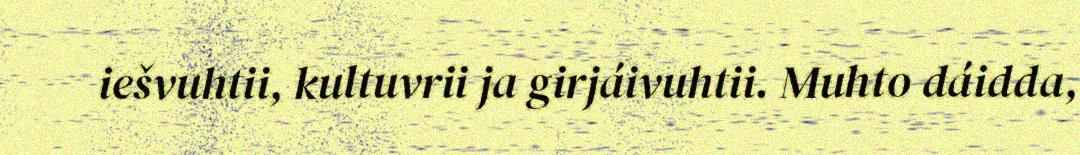
iešvuhtii, kultuvrii ja girjáivuhtii. Muhto dáidda,